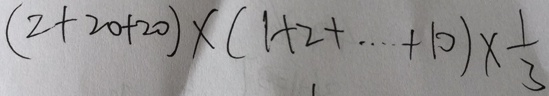
( 2 + 2 0 + 2 0 ) \times ( 1 + 2 + \cdots + 1 0 ) \times \frac { 1 } { 3 }